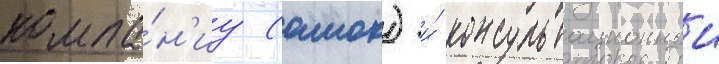
компа́н'иу (амок) и́ консультационныи